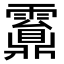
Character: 䨶